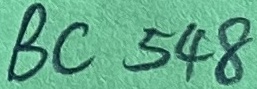
Text: BC548